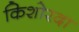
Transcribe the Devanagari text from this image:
किशोरदा